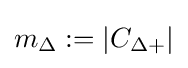
m_{\Delta }:=|C_{\Delta +}|